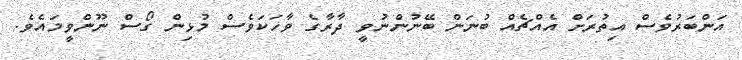
އަންބަރުވެސް އިތުރަށް އެއްޗެއް ބުނަން ބޭނުންނުވީ ދާރާގެ ވާހަކަވެސް މުޅިން ގޯސް ނޫންވީމައެވެ.